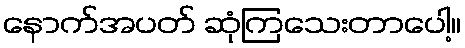
နောက်အပတ် ဆုံကြသေးတာပေါ့။